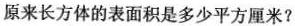
原来长方体的表面积是多少平方厘米?